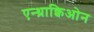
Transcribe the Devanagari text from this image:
एन्थ्राक्विओन